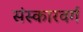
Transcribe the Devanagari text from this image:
संस्कारवर्ग